Leaving Certificate Examination, 1905
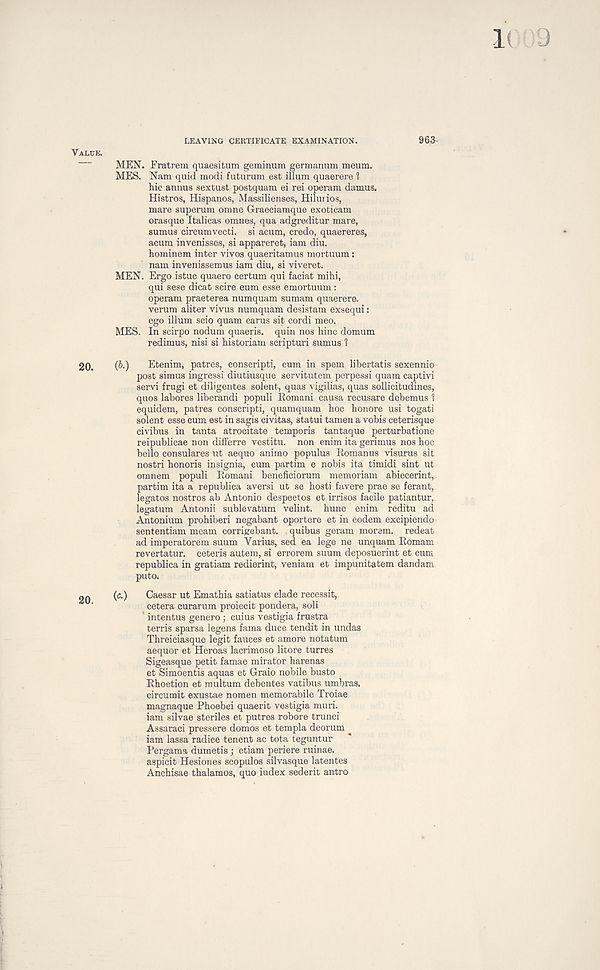
LEAVING CERTIFICATE EXAMINATION.
963
MEN. Fratrem quaesitum geminum germanum meum.
MES. Nam quid modi futurum est ilium quaerere 1
hie annus sextust postquam ei rei operam damus.
Histros, Hispanos, Massilienses, Hilurios,
mare superum omne Graeciamque exoticam
orasque Italicas omnes, qua adgreditur mare,
sumus circumvecti. si acum, credo, quaereres,
acum invenisses, si appareret, iam diu.
hominem inter vivos quaeritamus mortuum:
nam invenissemus iam diu, si viveret.
MEN. Ergo istuc quaero certum qui faciat mihi,
qui sese dicat scire eum esse emortuum:
operam praeterea numquam sumam quaerere.
verum aliter vivus numquam desistam exsequi:
ego ilium scio quam carus sit cordi meo.
MES. In scirpo nodum quaeris. quin nos hinc domum
redimus, nisi si historiam scripturi sumus 1
20.
(i.)
Etenim, patres, conscripti, cum in spem libertatis sexennio
post simus ingressi diutiusque servitutem perpessi quam captivi
servi frugi et diligentes solent, quas vigilias, quas sollicitudines,
quos labores liberandi populi Romani causa recusare debemus 1
equidem, patres conscripti, quamquam hoc honore usi togati
solent esse cum est in sagis civitas, statui tamen a vobis ceterisque
civibus in tanta atrocitate temporis tantaque perturbatione
reipublicae non differre vestitu. non enim ita gerimus nos hoc
hello consulares ut aequo animo populus Romanus visurus sit
nostri honoris insignia, cum partim e nobis ita timidi sint ut
omnem populi Romani beneficiorum memoriam abiecerint,
partim ita a republica aversi ut se hosti favere prae se ferant,
legates nostros ab Antonio despectos et irrisos facile patiantur,
legatum Antonii sublevatum velint. hunc enim reditu ad
Antonium prohiberi negabant oportere et in eodem excipiendo
sententiam meam corrigebant. quibus geram morem. redeat
ad imperatorem suum Varius, sed ea lege ne unquam Romam
revertatur. ceteris autem, si errorem suum deposuerint et cum
republica in gratiam redierint, veniam et impunitatem dandam
puto.
(c.)
Caesar ut Emathia satiatus clade recessit,
cetera curarum proiecit pondera, soli
intentus genero ; cuius vestigia frustra
terris sparsa legens fama duce tendit in undas
Threiciasque legit fauces et amore notatum
aequor et Heroas lacrimoso litore turres
Sigeasque petit famae mirator harenas
et Simoentis aquas et Graio nobile busto
Rhoetion et multum debentes vatibus umbras,
circumit exustae nomen memorabile Troiae
magnaque Phoebei quaerit vestigia mud.
iam silvae steriles et putres robore trunci
Assaraci pressere domos et templa deorum
iam lassa radice tenent ac tota teguntur
Pergama dumetis ; etiam periere ruinae.
aspicit Hesiones scopulos silvasque latentes
Anchisae thalamos, quo index sederit antro